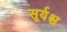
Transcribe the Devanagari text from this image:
सूर्यश्च